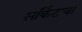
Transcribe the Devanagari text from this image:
सर्किटचा